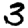
Digit: 3